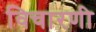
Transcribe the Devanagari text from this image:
विचारणी